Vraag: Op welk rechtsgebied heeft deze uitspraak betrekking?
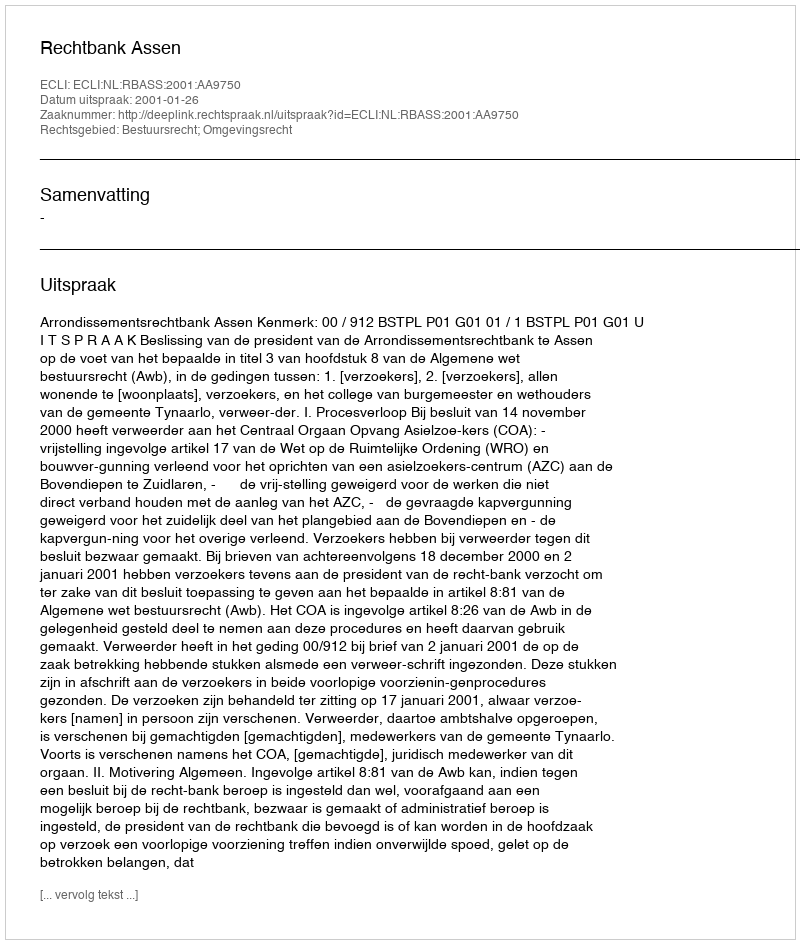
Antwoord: Bestuursrecht; Omgevingsrecht